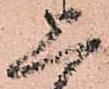
恐